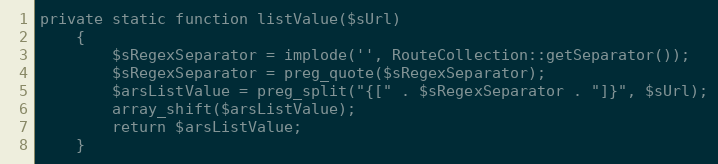
Language: PHP
private static function listValue($sUrl)
    {
        $sRegexSeparator = implode('', RouteCollection::getSeparator());
        $sRegexSeparator = preg_quote($sRegexSeparator);
        $arsListValue = preg_split("{[" . $sRegexSeparator . "]}", $sUrl);
        array_shift($arsListValue);
        return $arsListValue;
    }